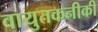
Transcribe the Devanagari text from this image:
वायुतकनीकी